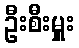
ဦးစီးမှူး